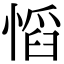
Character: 慆